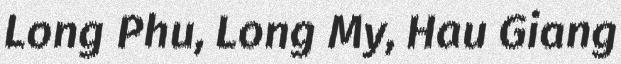
Long Phu, Long My, Hau Giang